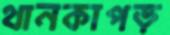
থানকাপড়